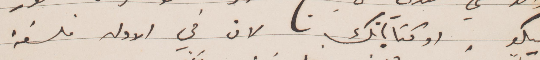
هيكو. او كتاباتك لان في الأولى فلسفة